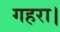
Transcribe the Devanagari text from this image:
गहरा।